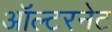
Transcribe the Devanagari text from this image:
ऑल्टरनेट